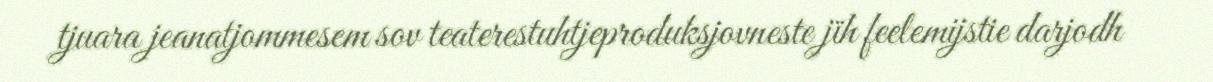
tjuara jeanatjommesem sov teaterestuhtjeproduksjovneste jïh feelemijstie darjodh